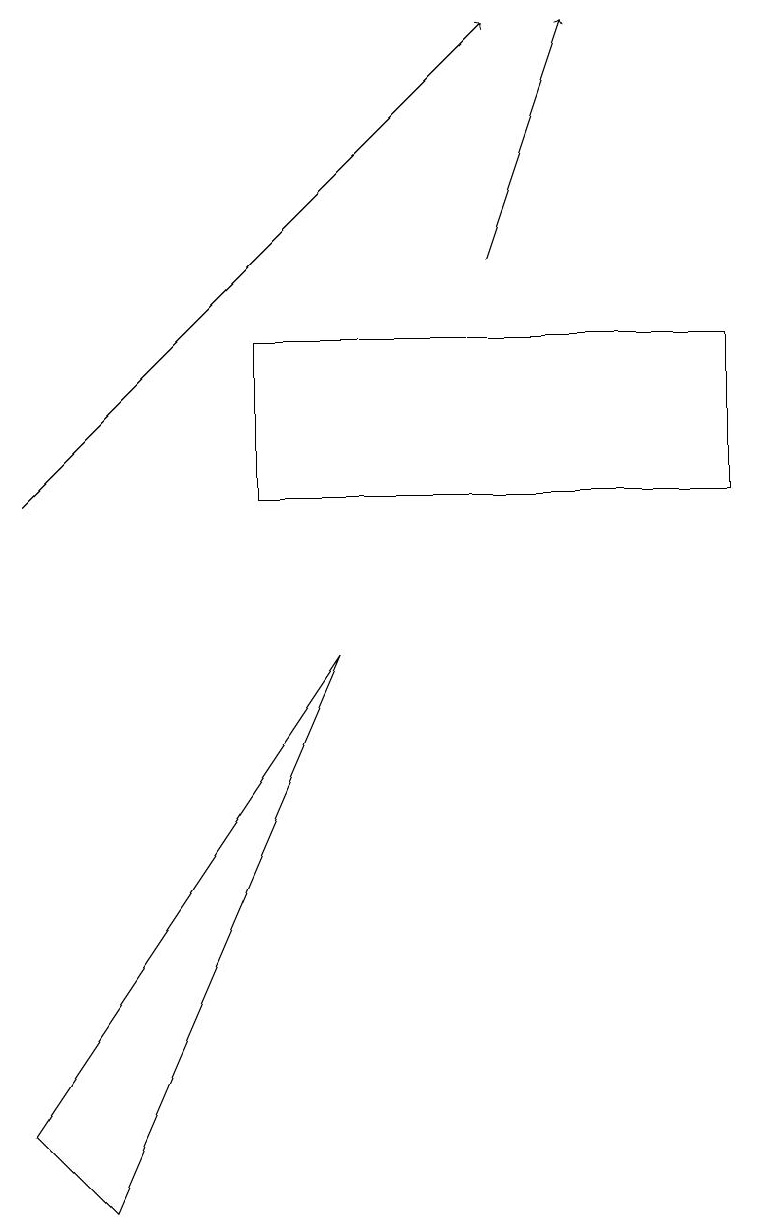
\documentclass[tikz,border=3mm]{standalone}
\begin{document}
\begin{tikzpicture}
\draw (4,9) -- (1,2) -- (0,3) -- cycle;
\draw (9,13) rectangle (3,11);
\draw[->] (0,11) -- (6,17);
\draw[->] (6,14) -- (7,17);
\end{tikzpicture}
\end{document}